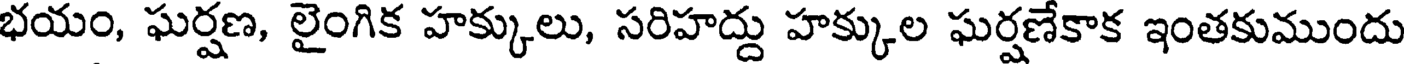
భయం, ఘర్షణ, లైంగిక హక్కులు, సరిహద్దు హక్కుల ఘర్షణేకాక ఇంతకుముందు